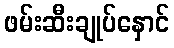
ဖမ်းဆီးချုပ်နှောင်